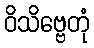
ဝိသိဗ္ဗေတုံ